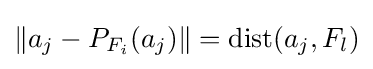
\|a_{j}-P_{F_{i}}(a_{j})\|=\operatorname {dist} (a_{j},F_{l})